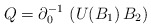
\begin{align*}Q = \partial_0^{-1} \, \left( U(B_1)\, B_2 \right)\end{align*}